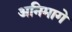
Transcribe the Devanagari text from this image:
अनिमागे